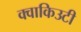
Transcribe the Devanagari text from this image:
क्वाकिउटी